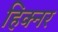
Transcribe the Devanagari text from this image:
हिक्नर